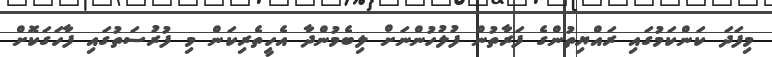
މިފަދަ ކަންކަމުގައި ރައްޔިތުންގެ ފަރާތުން ފުލުހުންނަށް ލިބެމުންދާ އެހީތެރިކަން މި ފުރުސަތުގައި ފާހަގަކޮށް